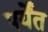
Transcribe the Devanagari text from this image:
पर्येंत